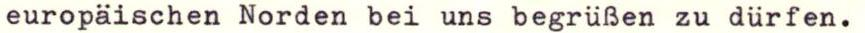
europäischen Norden bei uns begrüßen zu dürfen.